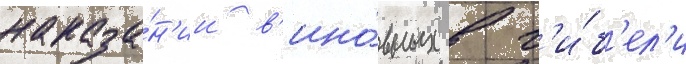
наказа́н'ии в'ино́вных в г'и́б'ел'и